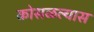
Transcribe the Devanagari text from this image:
कोसळल्यास